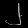
Digit: ၂